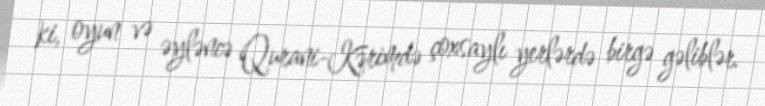
ki, oyun və əyləncə Qurani-Kərimdə çoxsaylı yerlərdə birgə gəliblər.